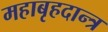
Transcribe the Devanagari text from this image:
महाबृहदान्त्र